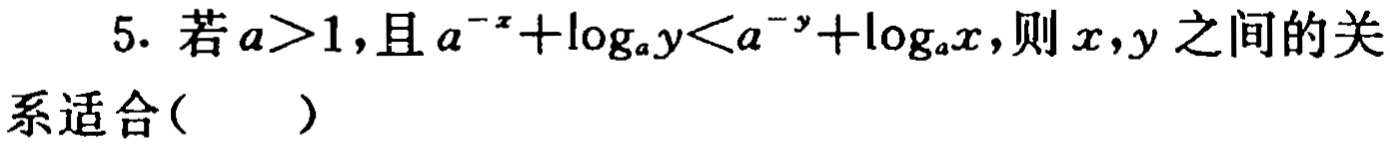
5. 若\(a > 1\)，且\(a^{-x}+\log_{a}y < a^{-y}+\log_{a}x\)，则\(x,y\)之间的关系适合(  )